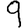
Digit: 9